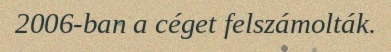
2006-ban a céget felszámolták.